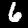
Label: 6